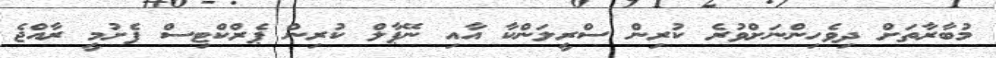
މުބާރާތަށް ދިވެހިންނަށްވުރެ ކުރިން ސްރީލަންކާ އާއި ނޭޕާލް ކުރިން ޕެރްކްޓިސް ފެށުމީ ރާއްޖެ